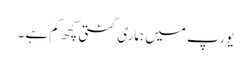
یورپ میں ہماری گنتی کچھ کم ہے ۔